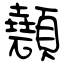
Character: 顤